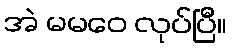
အဲ မမဝေ လုပ်ပြီ။